Indian journal of veterinary science and animal husbandry - Volumes 18-21, 1948-1951
Year: 1948
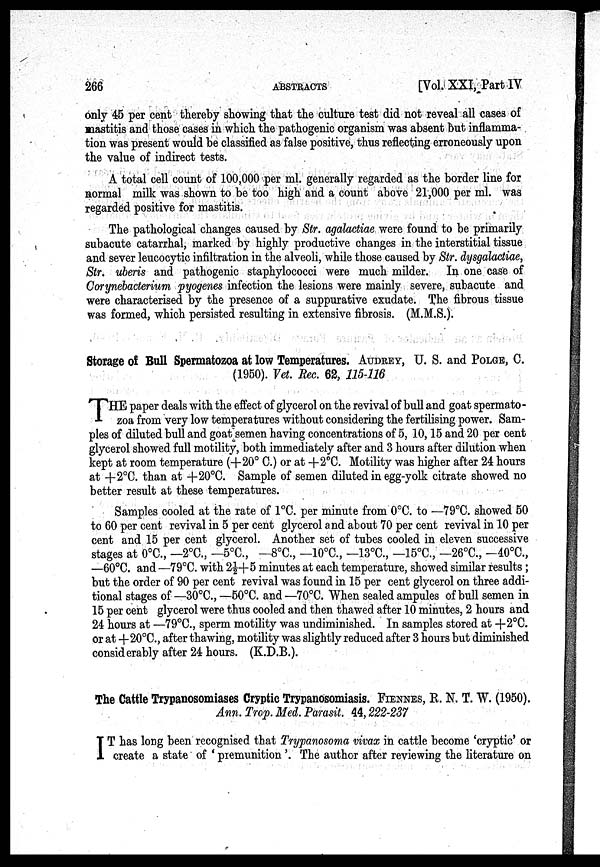
266
ABSTRACTS
[Vol. XXI, Part IV
only 45 per cent thereby showing that the culture test did not reveal all cases of
Mastitis and those cases in which the pathogenic organism was absent but inflamma-
tion was present would be classified as false positive, thus reflecting erroneously upon
the value of indirect tests.
A total cell count of 100,000 per ml. generally regarded as the border line for
normal milk was shown to be too high and a count above 21,000 per ml. was
regarded positive for mastitis.
The pathological changes caused by Str. agalactiae were found to be primarily
subacute catarrhal, marked by highly productive changes in the interstitial tissue
and sever leucocytic infiltration in the alveoli, while those caused by Str. dysgalactiae,
Str. uberis and pathogenic staphylococci were much milder. In one case of
Corynebacterium pyogenes infection the lesions were mainly severe, subacute and
were characterised by the presence of a suppurative exudate. The fibrous tissue
was formed, which persisted resulting in extensive fibrosis. (M.M.S.).
Storage of Bull Spermatozoa at low Temperatures. AUDREY, U. S. and POLGE, C.
(1950). Vet. Rec. 62, 115-116
T HE paper deals with the effect of glycerol on the revival of bull and goat spermato-
zoa from very low temperatures without considering the fertilising power. Sam-
ples of diluted bull and goat semen having concentrations of 5, 10, 15 and 20 per cent
glycerol showed full motility, both immediately after and 3 hours after dilution when
kept at room temperature (+20º C.) or at +2ºC. Motility was higher after 24 hours
at + 2ºC. than at +20ºC. Sample of semen diluted in egg.yolk citrate showed no
better result at these temperatures.
Samples cooled at the rate of 1ºC. per minute from 0ºC. to —79ºC. showed 50
to 60 per cent revival in 5 per cent glycerol and about 70 per cent revival in 10 per
cent and 15 per cent glycerol. Another set of tubes cooled in eleven successive
stages at 0ºC., —2ºC., —5ºC., —8ºC., —10ºC., —13ºC., —15ºC., —26ºC., -40ºC.,
—60ºC. and —79ºC. with 2½+5 minutes at each temperature, showed similar results;
but the order of 90 per cent revival was found in 15 per cent glycerol on three addi-
tional stages of —30ºC., —50ºC. and —70ºC. When sealed ampules of bull semen in
15 per cent glycerol were thus cooled and then thawed after 10 minutes, 2 hours and
24 hours at —79ºC., sperm motility was undiminished. In samples stored at +2ºC.
or at +20ºC., after thawing, motility was slightly reduced after 3 hours but diminished
considerably after 24 hours. (K.D.B.).
The Cattle Trypanosomiases Cryptic Trypanosomiasis. FIENNES, R. N. T. W. (1950).
Ann. Trop. Med. Parasit. 44, 222-237
I T has long been recognised that Trypanosoma vivax in cattle become 'cryptic' or
create a state of 'premunition'. The author after reviewing the literature on